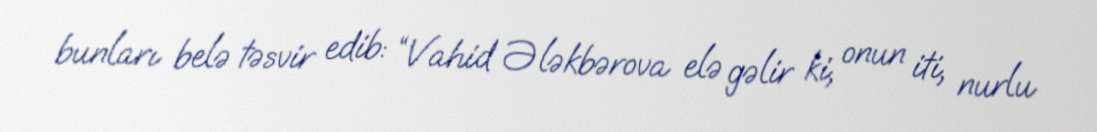
bunları belə təsvir edib: “Vahid Ələkbərova elə gəlir ki, onun iti, nurlu